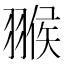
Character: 翭